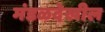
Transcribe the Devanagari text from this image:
मंडळदेखील